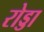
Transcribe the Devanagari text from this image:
रोड्डा